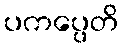
ပကပ္ပေတိ